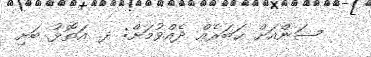
ސަންއަށް ޚަބަރެއް ދެއްވުމަށް: ދ. އަތޮޅު ބަށި